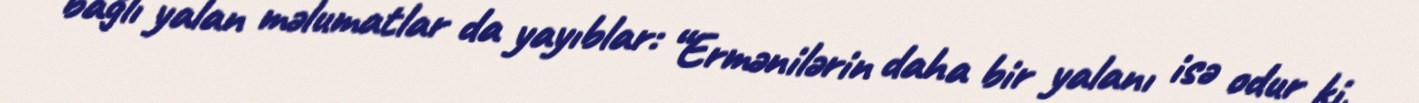
bağlı yalan məlumatlar da yayıblar: “Ermənilərin daha bir yalanı isə odur ki,